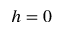
h = 0